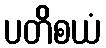
ပတိစယံ